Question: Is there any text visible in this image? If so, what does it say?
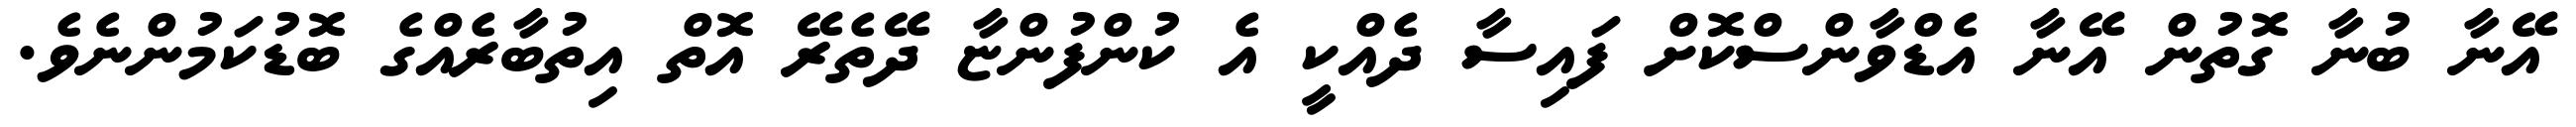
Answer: އޭނާ ބުނާ ގޮތުން އޭނާ އެޑްވާންސްކޮށް ފައިސާ ދެއްކީ އެ ކުންފުންޏާ ދޭތެރޭ އޮތް އިތުބާރެއްގެ ބޮޑުކަމުންނެވެ.